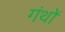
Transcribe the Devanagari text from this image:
गंथों